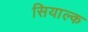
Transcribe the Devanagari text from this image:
सियाल्क